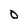
Character: O